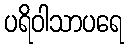
ပရိဝါသာပရေ